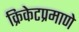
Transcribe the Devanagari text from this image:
क्रिकेटप्रमाणे